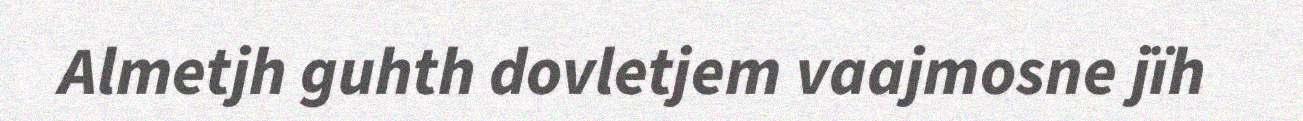
Almetjh guhth dovletjem vaajmosne jïh